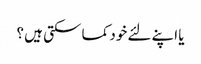
یا اپنے لئے خود کما سکتی ہیں ؟